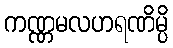
ကဏ္ဏမလဟရဏိမ္ပိ